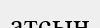
атсын